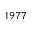
1 9 7 7